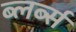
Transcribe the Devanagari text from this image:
ब्लर्ब्स